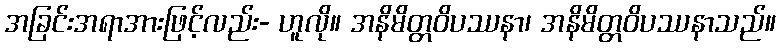
အခြင်းအရာအားဖြင့်လည်း- ဟူလို။ အနိမိတ္တဝိပဿနာ၊ အနိမိတ္တဝိပဿနာသည်။